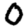
Digit: 0